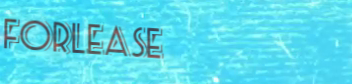
ForLease